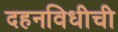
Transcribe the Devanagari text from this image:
दहनविधीची